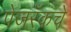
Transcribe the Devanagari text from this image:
पेजरँकचे